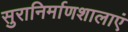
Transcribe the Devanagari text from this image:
सुरानिर्माणशालाएं